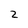
Character: z